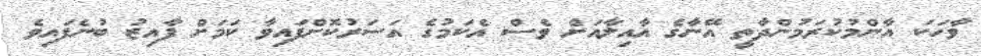
ވާހަކަ އާންމުކުރަމުންދާތީ އޭނާގެ އާއިލާއަށް ވެސް އެކަމުގެ އަސަރުކޮށްފައިވާ ކަމަށް ފާއިޒު ބުނެފައިވެ